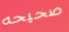
صحيحه